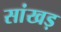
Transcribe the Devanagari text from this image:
सांखड़